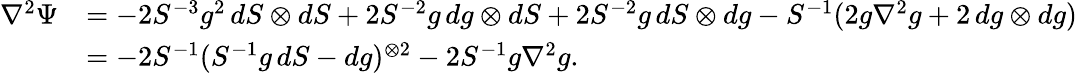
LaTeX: \begin{array}{rl}{\nabla^{2}\Psi}&{=-2S^{-3}g^{2}\, dS\otimes dS+2S^{-2}g\, dg\otimes dS+2S^{-2}g\, dS\otimes dg-S^{-1}(2g\nabla^{2}g+2\, dg\otimes dg)}\\ &{=-2S^{-1}(S^{-1}g\, dS-dg)^{\otimes 2}-2S^{-1}g\nabla^{2}g.}\end{array}